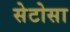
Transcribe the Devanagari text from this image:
सेटोसा